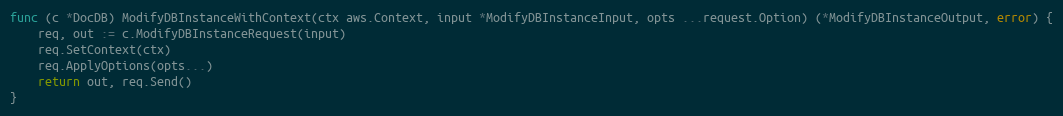
Language: Go
func (c *DocDB) ModifyDBInstanceWithContext(ctx aws.Context, input *ModifyDBInstanceInput, opts ...request.Option) (*ModifyDBInstanceOutput, error) {
	req, out := c.ModifyDBInstanceRequest(input)
	req.SetContext(ctx)
	req.ApplyOptions(opts...)
	return out, req.Send()
}